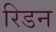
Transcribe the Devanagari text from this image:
रिडन